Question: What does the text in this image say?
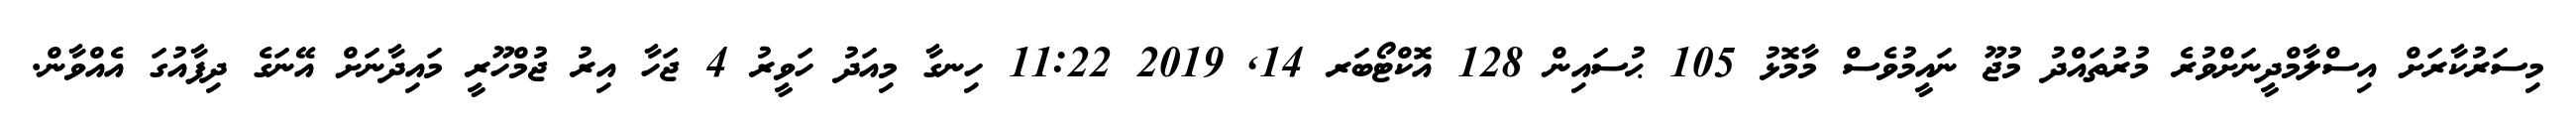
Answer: މިސަރުކާރަށް އިސްލާމްދީނަށްވުރެ މުރުތައްދު މުޖޫ ނައީމުވެސް މާމޮޅު 105 ޙުސައިން 128 އޮކްޓޯބަރ 14, 2019 11:22 ހިނގާ މިއަދު ހަވީރު 4 ޖަހާ އިރު ޖުމްހޫރީ މައިދާނަށް އޭނަގެ ދިފާއުގަ އެއްވާން.